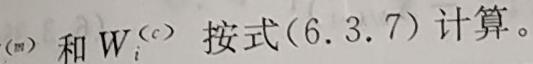
$^{(m)}$ 和 $W_{i}^{(c)}$ 按式(6.3.7)计算。